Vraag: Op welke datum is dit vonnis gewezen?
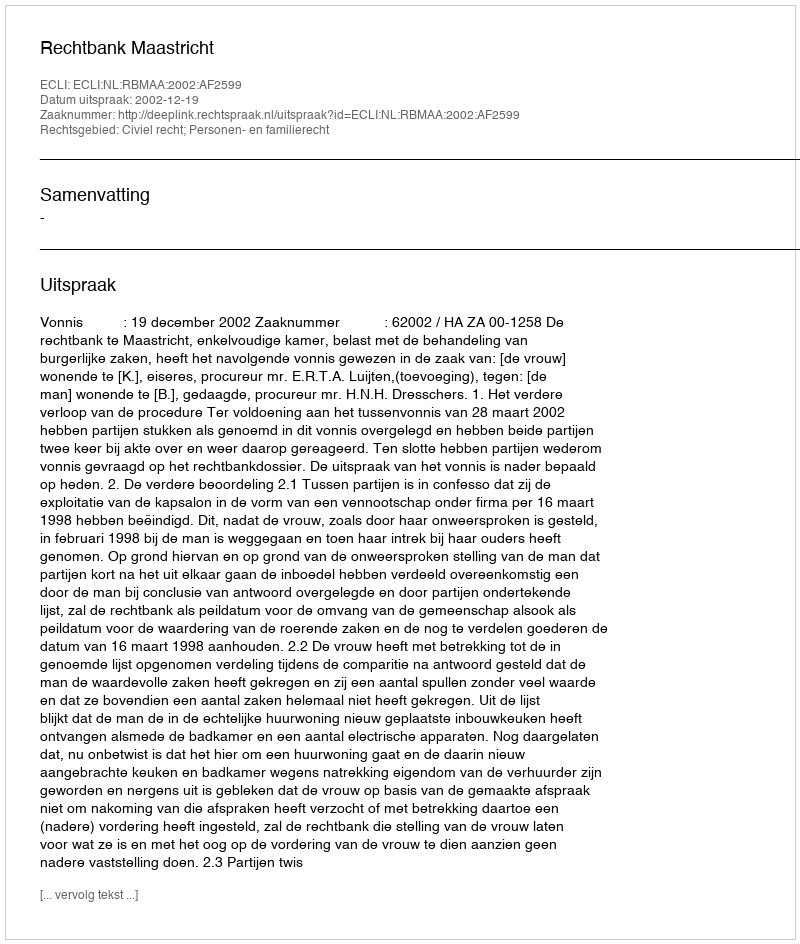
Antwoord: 2002-12-19